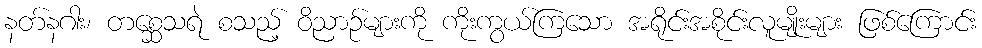
နတ်နဂါး၊ တစ္ဆေသရဲ စသည့် ဝိညာဉ်များကို ကိုးကွယ်ကြသော အရိုင်းအစိုင်းလူမျိုးများ ဖြစ်ကြောင်း